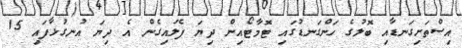
އިސްތަށިގަނޑާއި ބޮލުގެ ހަންގަނޑުގައި ޓޮމާޓޯއިން ދިޔަ ފެލައިގެން އެ ދިޔަ އުނގުޅާފައި 15